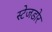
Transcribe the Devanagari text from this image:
स्टेजडोर